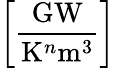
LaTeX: \left[\frac{\mathrm{GW}}{\mathrm{K}^{n}\mathrm{m}^{3}}\right]